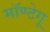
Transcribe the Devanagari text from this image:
मॉण्टेगू